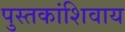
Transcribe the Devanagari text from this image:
पुस्तकांशिवाय